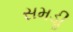
સમડીૢ